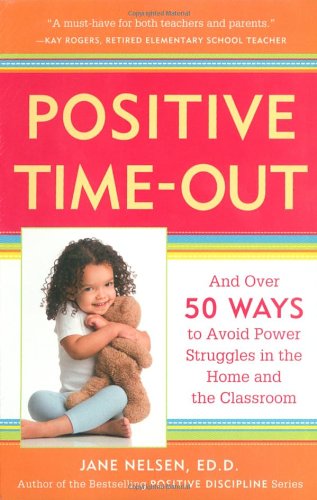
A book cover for Positive Time-Out: And Over 50 Ways to Avoid Power Struggles in the Home and the Classroom; Jane Nelsen; Parenting & Relationships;